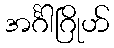
အင်္ဂါဂြိုဟ်